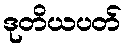
ဒုတိယပတ်